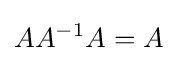
AA^{-1}A=A